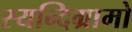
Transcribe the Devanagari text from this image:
स्यन्दिग्रामो